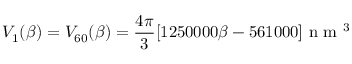
V _ { 1 } ( \beta ) = V _ { 6 0 } ( \beta ) = \frac { 4 \pi } { 3 } [ 1 2 5 0 0 0 0 \beta - 5 6 1 0 0 0 ] \mathrm { ~ n ~ m ~ } ^ { 3 }